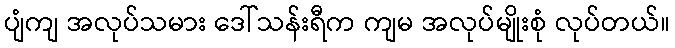
ပျံကျ အလုပ်သမား ဒေါ်သန်းရီက ကျမ အလုပ်မျိုးစုံ လုပ်တယ်။